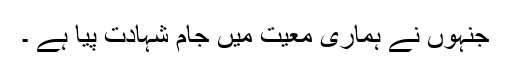
جنہوں نے ہماری معیت میں جامِ شہادت پیا ہے ۔